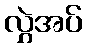
လွှဲအပ်